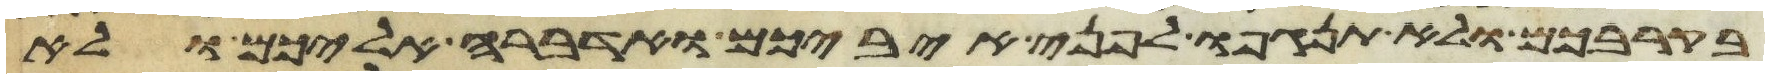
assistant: בקרבכם ולא תנגפו לפני איביכם ואדברה אליכם ולא